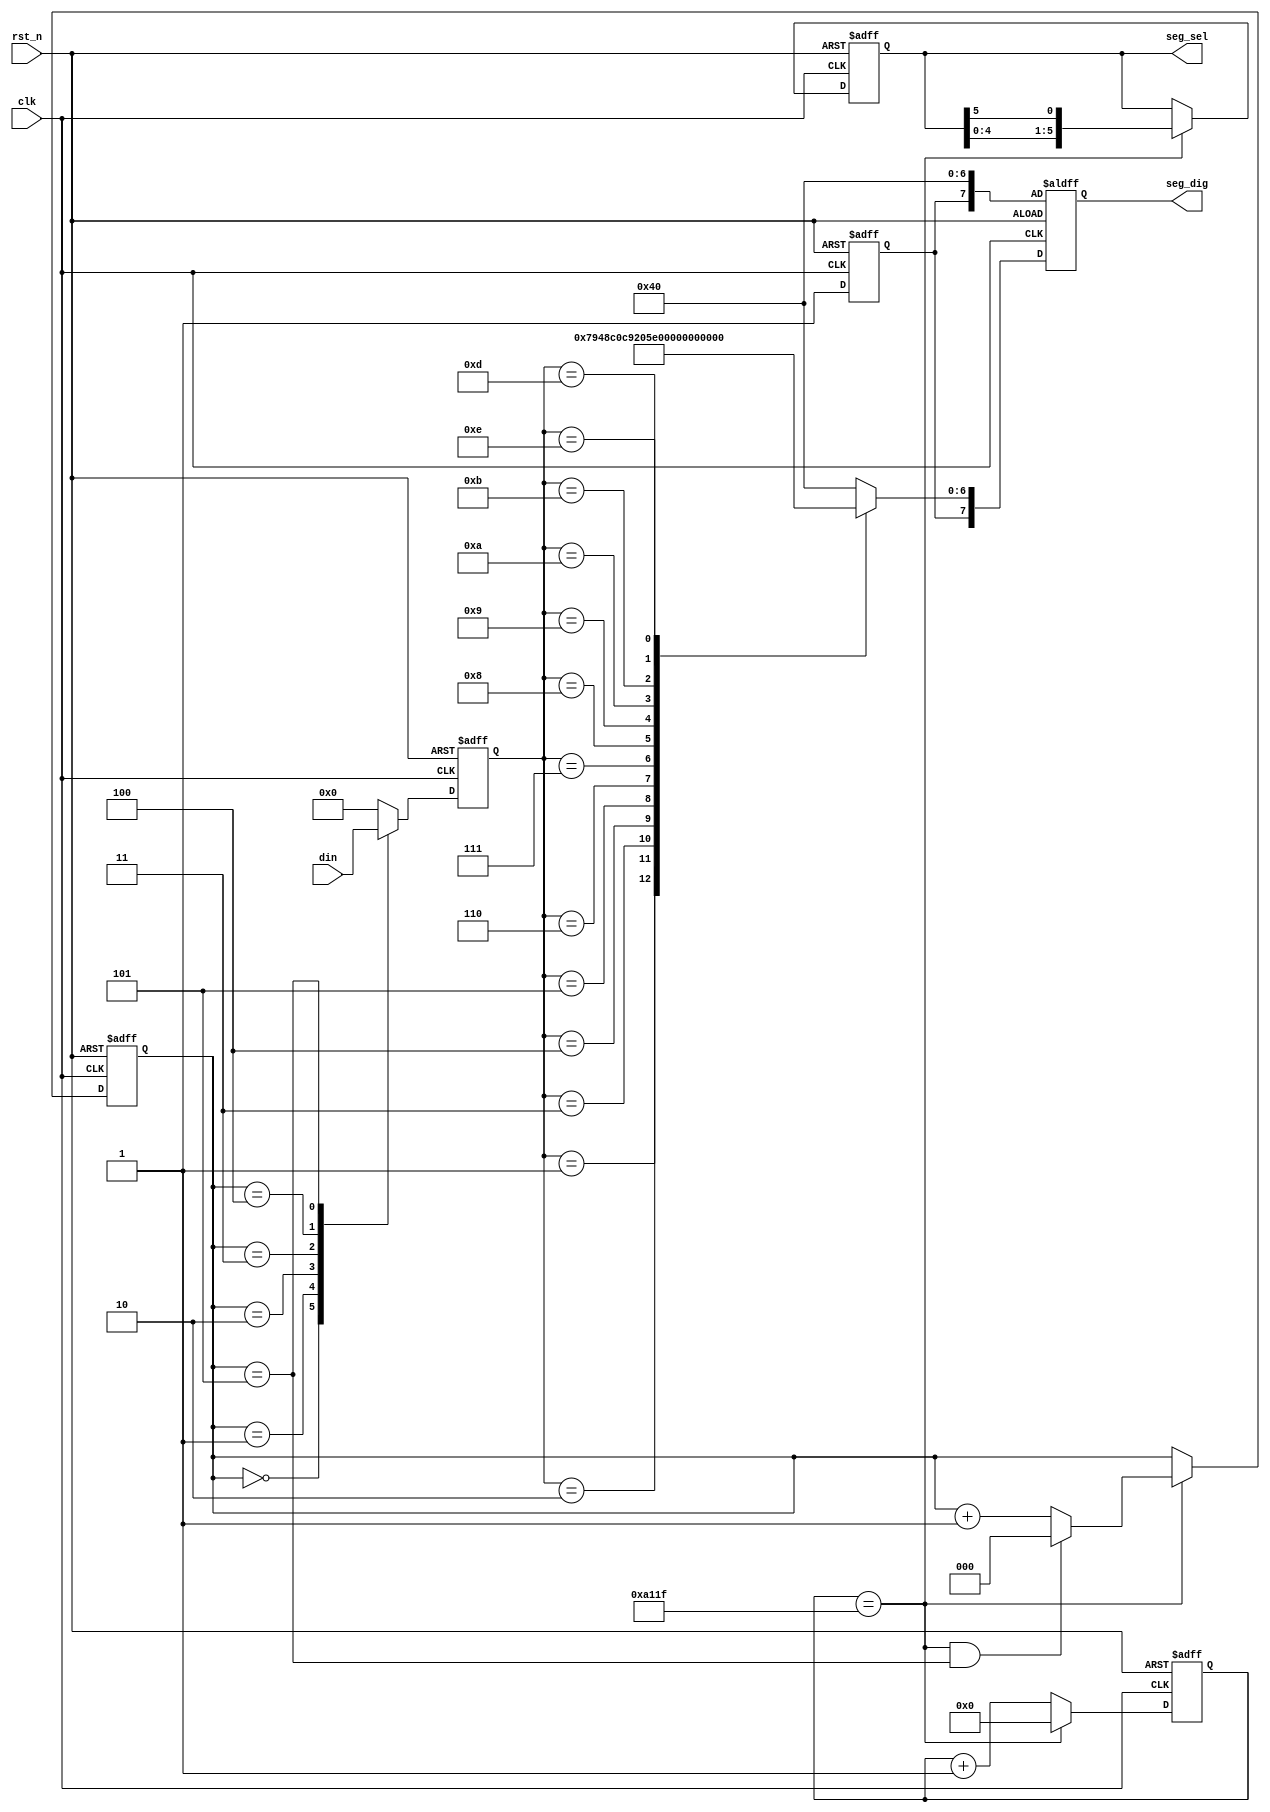
module seg_driver(
	input clk,
	input rst_n,
	input [23:0] din,
	
	output reg[5:0] seg_sel,
	output reg[7:0] seg_dig

);

reg [15:0] cnt_t;    //0.01s计时
reg [2:0]  cnt_scan;//数码管计数
reg [3:0] value;
reg dot;//是否有小数点

wire add_cnt_t;
wire end_cnt_t;
wire add_scan;
wire end_scan;
parameter	 MAX_DELAY=16'd50_0000,//0.01s/10ms
				ZERO	=	7'b100_0000,
				ONE 	=	7'b111_1001,
				TWO     =	7'b010_0100,
				THREE   =	7'b011_0000,
				FOUR	=	7'b001_1001,
				FIVE	=	7'b001_0010,
				SIX	    =	7'b000_0010,
				SEVEN   =	7'b111_1000,
				EIGHT   =	7'b000_0000,
				NINE	=	7'b001_0000,
				A       =   7'b000_1000,
				B		=	7'b000_0011,
				O		=	7'b100_0000,
				U		=	7'b100_0001,
				F		=	7'b111_1111;
 
//数码管延迟计数
always@(posedge clk,negedge rst_n)begin
	if(!rst_n)
		cnt_t<=1'b0;
	else if(add_cnt_t)
		if(end_cnt_t)
			cnt_t<=1'b0;
		else
			cnt_t<=cnt_t+1'b1;
	else
		cnt_t<=cnt_t;
end
assign add_cnt_t=1'b1;
assign end_cnt_t=add_cnt_t&&cnt_t==MAX_DELAY-1;

//扫描对应数码管计数
always@(posedge clk,negedge rst_n)begin
	if(!rst_n)
		cnt_scan<=1'b0;
	else if(add_scan)
		if(end_scan)
			cnt_scan<=1'b0;
		else
			cnt_scan<=cnt_scan+1'b1;
	else
		cnt_scan<=cnt_scan;
end
assign add_scan=end_cnt_t;
assign end_scan=add_scan&&cnt_scan==3'd5;

//切换数码管位选信号
always@(posedge clk, negedge rst_n)begin
	if(!rst_n)
		seg_sel<=6'b111_110;
	else if(end_cnt_t)
		seg_sel<={seg_sel[4:0],seg_sel[5]};
	else
		seg_sel<=seg_sel;

end

always@(posedge clk,negedge rst_n)begin
	if(!rst_n)begin
		value<=4'b0000;
		dot<=1'b0;
	end	
	else
		case(cnt_scan)
			3'd0:begin value<=din[23:20];	dot<=1'b1;end
			3'd1:begin value<=din[19:16];	dot<=1'b1;end
			3'd2:begin value<=din[15:12];	dot<=1'b1;end
			3'd3:begin value<=din[11:8];	dot<=1'b1;end
			3'd4:begin value<=din[7:4];	dot<=1'b1;end
			3'd5:begin value<=din[3:0];	dot<=1'b1;end
			default:begin value<=0 ;dot<=1'b1;end
		endcase
			
end
always@(posedge clk,negedge rst_n) begin
	if(!rst_n)
		seg_dig<={dot,ZERO};
	else	
		case(value)
			4'd0:seg_dig<={dot,ZERO};
			4'd1:seg_dig<={dot,ONE};
			4'd2:seg_dig<={dot,TWO};
			4'd3:seg_dig<={dot,THREE};
			4'd4:seg_dig<={dot,FOUR};
			4'd5:seg_dig<={dot,FIVE};
			4'd6:seg_dig<={dot,SIX};
			4'd7:seg_dig<={dot,SEVEN};
			4'd8:seg_dig<={dot,EIGHT};
			4'd9:seg_dig<={dot,NINE};
			4'd10:seg_dig<={dot,A};
			4'd11:seg_dig<={dot,B};
			4'd12:seg_dig<={dot,O};
			4'd13:seg_dig<={dot,U};
			4'd14:seg_dig<={dot,F};
			default seg_dig<={dot,ZERO};
		endcase

end

endmodule